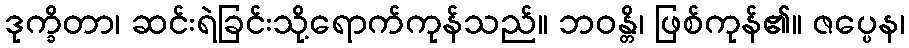
ဒုက္ခိတာ၊ ဆင်းရဲခြင်းသို့ရောက်ကုန်သည်။ ဘဝန္တိ၊ ဖြစ်ကုန်၏။ ဇပ္ပေန၊